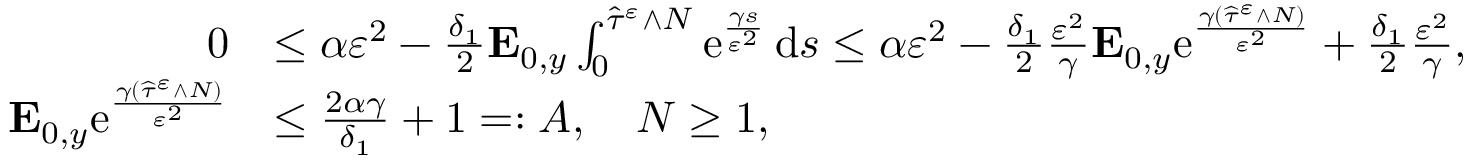
\begin{array} { r l } { 0 } & { \leq \alpha \varepsilon ^ { 2 } - \frac { \delta _ { 1 } } { 2 } \mathbf { E } _ { 0 , y } \int _ { 0 } ^ { \widehat \tau ^ { \varepsilon } \wedge N } \mathrm { e } ^ { \frac { \gamma s } { \varepsilon ^ { 2 } } } \, \mathrm { d } s \leq \alpha \varepsilon ^ { 2 } - \frac { \delta _ { 1 } } { 2 } \frac { \varepsilon ^ { 2 } } { \gamma } \mathbf { E } _ { 0 , y } \mathrm { e } ^ { \frac { \gamma ( \widehat \tau ^ { \varepsilon } \wedge N ) } { \varepsilon ^ { 2 } } } + \frac { \delta _ { 1 } } { 2 } \frac { \varepsilon ^ { 2 } } { \gamma } , } \\ { \mathbf { E } _ { 0 , y } \mathrm { e } ^ { \frac { \gamma ( \widehat \tau ^ { \varepsilon } \wedge N ) } { \varepsilon ^ { 2 } } } } & { \leq \frac { 2 \alpha \gamma } { \delta _ { 1 } } + 1 = : A , \quad N \geq 1 , } \end{array}